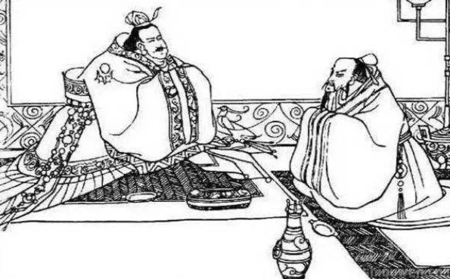
天油然作云，沛然下雨，则苗浡然兴之矣。